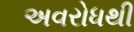
અવરોધથી